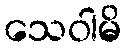
သေဝါမိ